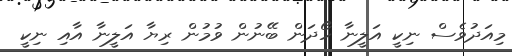
މިއަދުވެސް ނިކީ އަލީނާ ހޯދަން ބޭނުން ވުމުން ރިޔާ އަލީނާ އާއި ނިކީ